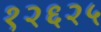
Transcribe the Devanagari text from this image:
१२६२५